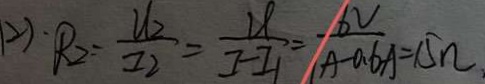
( 2 ) \cdot R _ { 2 } = \frac { U _ { 2 } } { I _ { 2 } } = \frac { U } { I - I _ { 1 } } = \frac { 6 V } { 1 A - 0 . 6 A } = 1 5 \Omega